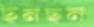
ছনছন